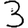
Digit: 3